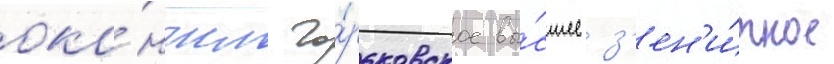
око́нчил го́рьковское вы́сшее з'ен'и́тное